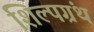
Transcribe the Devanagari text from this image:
शिल्पग्रंथ